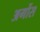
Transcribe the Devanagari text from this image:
अर्गोस